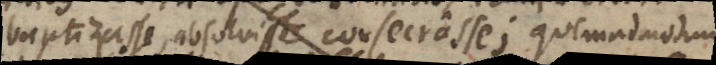
baptizasse, absolvisse, consecrasse; quemadmodum